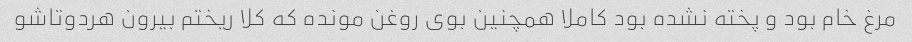
مرغ خام بود و پخته نشده بود کاملا همچنین بوی روغن مونده که کلا ریختم بیرون هردوتاشو